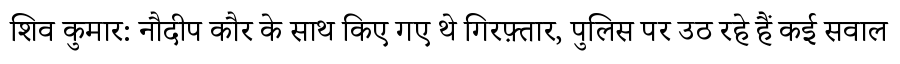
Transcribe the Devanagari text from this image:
शिव कुमार: नौदीप कौर के साथ किए गए थे गिरफ़्तार, पुलिस पर उठ रहे हैं कई सवाल